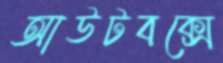
আউটবক্সে